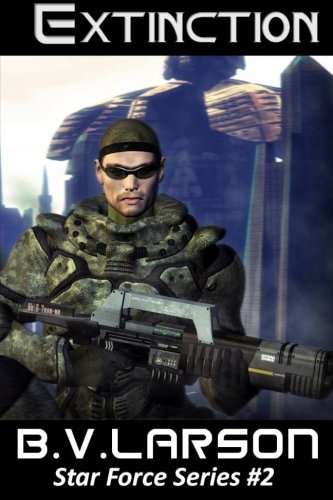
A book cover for Extinction: Star Force Series #2; B. V. Larson; Science Fiction & Fantasy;